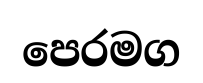
පෙරමග